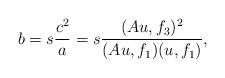
LaTeX: \begin{align*}b=s\frac{c^2}{a}=s\frac{(Au,f_3)^2}{(Au,f_1)(u,f_1)},\end{align*}